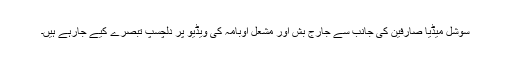
سوشل میڈیا صارفین کی جانب سے جارج بش اور مشعل اوبامہ کی ویڈیو پر دلچسپ تبصرے کیے جارہے ہیں۔